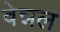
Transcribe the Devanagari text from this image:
वेन्नल